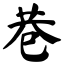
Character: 巷